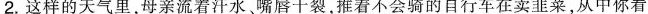
2.这样的天气里，母亲流着汗水。嘴唇干裂，推着不会骑的自行车在卖韭菜，从中你看